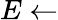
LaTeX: E\leftarrow